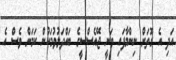
އަދި އެ ގޮތަށް ނިންމާފައި ވަނީ ޖޭއެސްސީގެ ބައްދަލުވުމަކުން ކަމަށް ވެސް އެ